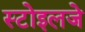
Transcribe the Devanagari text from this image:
स्टोइलजे